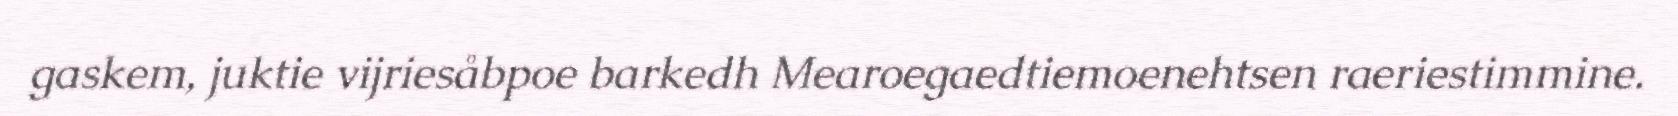
gaskem, juktie vijriesåbpoe barkedh Mearoegaedtiemoenehtsen raeriestimmine.